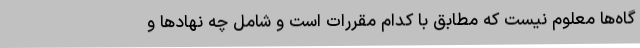
گاه‌ها معلوم نیست که مطابق با کدام مقررات است و شامل چه نهادها و